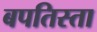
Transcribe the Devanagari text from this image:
बपतिस्ता